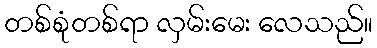
တစ်စုံတစ်ရာ လှမ်းမေး လေသည်။